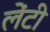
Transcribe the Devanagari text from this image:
लेंटी